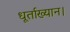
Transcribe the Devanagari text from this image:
धूर्ताख्यान।